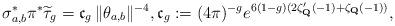
LaTeX: \begin{align*}\sigma_{a,b}^{*}\pi^{*}\widetilde{\tau}_{g}={\frak c}_{g}\,\|\theta_{a,b}\|^{-4},{\frak c}_{g}:=(4\pi)^{-g}e^{6(1-g)(2\zeta_{\bf Q}'(-1)+\zeta_{\bf Q}(-1))},\end{align*}